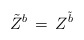
\begin{align*}\tilde Z^b\,= \, Z^{\tilde b}\end{align*}